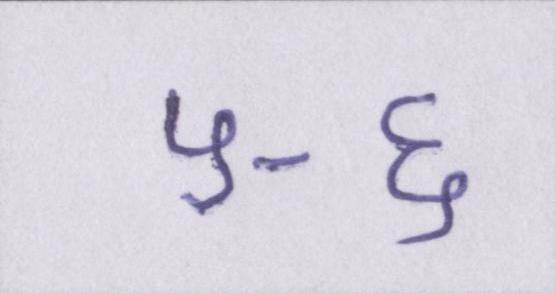
५-६